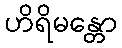
ဟိရိမန္တော